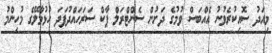
މިއަދު ސޮއިކުރެވުނު އެއްބަސް ވުމުގެ ދަށުން ސެންޓްރަލް ޕާކް ސަރަހައްދުފަދަ ހުޅުމާލޭގެ މުހިންމު